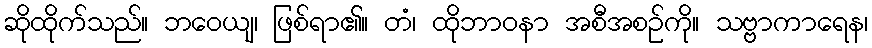
ဆိုထိုက်သည်။ ဘဝေယျ၊ ဖြစ်ရာ၏။ တံ၊ ထိုဘာဝနာ အစီအစဉ်ကို။ သဗ္ဗာကာရေန၊